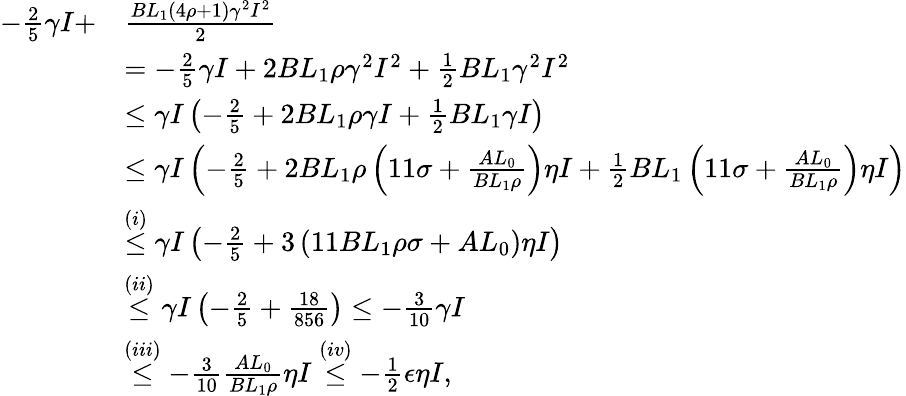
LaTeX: \begin{array}{rl}{-\frac{2}{5}\gamma I+}&{\frac{BL_{1}(4\rho+1)\gamma^{2}I^{2}}{2}}\\ &{=-\frac{2}{5}\gamma I+2BL_{1}\rho\gamma^{2}I^{2}+\frac{1}{2}BL_{1}\gamma^{2}I^{2}}\\ &{\leq\gamma I\left(-\frac{2}{5}+2BL_{1}\rho\gamma I+\frac{1}{2}BL_{1}\gamma I\right)}\\ &{\leq\gamma I\left(-\frac{2}{5}+2BL_{1}\rho\left(11\sigma+\frac{AL_{0}}{BL_{1}\rho}\right)\eta I+\frac{1}{2}BL_{1}\left(11\sigma+\frac{AL_{0}}{BL_{1}\rho}\right)\eta I\right)}\\ &{\stackrel{(i)}{\leq}\gamma I\left(-\frac{2}{5}+3\left(11BL_{1}\rho\sigma+AL_{0}\right)\eta I\right)}\\ &{\stackrel{(ii)}{\leq}\gamma I\left(-\frac{2}{5}+\frac{18}{856}\right)\leq-\frac{3}{10}\gamma I}\\ &{\stackrel{(iii)}{\leq}-\frac{3}{10}\frac{AL_{0}}{BL_{1}\rho}\eta I\stackrel{(iv)}{\leq}-\frac{1}{2}\epsilon\eta I,}\end{array}